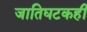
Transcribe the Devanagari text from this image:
जातिघटकही